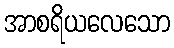
အာစရိယလေသော